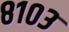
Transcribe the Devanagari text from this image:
८१०३